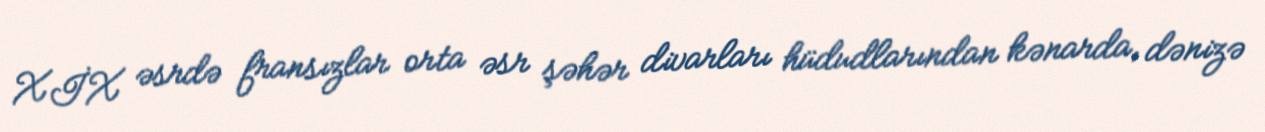
XİX əsrdə fransızlar orta əsr şəhər divarları hüdudlarından kənarda, dənizə